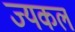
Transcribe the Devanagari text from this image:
ज्यकल